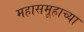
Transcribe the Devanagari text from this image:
महासमूहाच्या